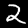
Label: 2